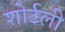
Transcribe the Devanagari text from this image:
शोर्टली